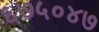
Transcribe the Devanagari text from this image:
६७५०४७